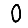
Digit: 0